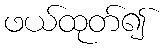
ဖယ်ထုတ်၍